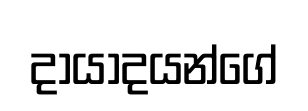
දායාදයන්ගේ